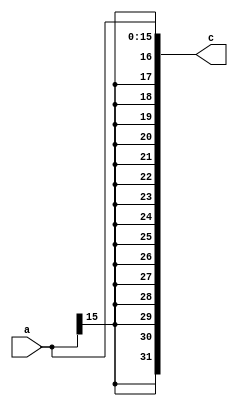
`timescale 1ns / 1ps
//////////////////////////////////////////////////////////////////////////////////
// Company: 
// Engineer: 
// 
// Design Name: 
// Module Name: SignExtend
// Project Name: 
// Target Devices: 
// Tool Versions: 
// Description: 
// 
// Dependencies: 
// 
// Revision:
// Revision 0.01 - File Created
// Additional Comments:
// 
//////////////////////////////////////////////////////////////////////////////////


module SignExtend( input signed [15:0] a, output reg signed[31:0] c

    );
    
    always @* begin
     c = { {16{a[15]}},a};
     
     
     end
    
endmodule